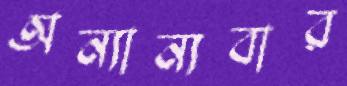
অন্যান্যবার